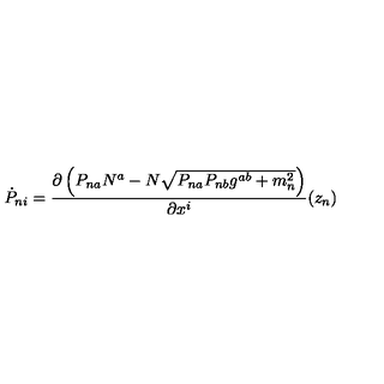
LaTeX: \dot { P } _ { n i } = \frac { \partial \left( P _ { n a } N ^ { a } - N \sqrt { P _ { n a } P _ { n b } g ^ { a b } + m _ { n } ^ { 2 } } \right) } { \partial x ^ { i } } ( z _ { n } )